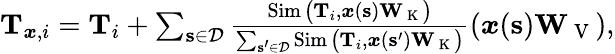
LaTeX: \begin{array}{r}{\mathbf{T}_{\boldsymbol{x},i}=\mathbf{T}_{i}+\sum_{\mathbf{s}\in\mathcal{D}}\frac{\operatorname{Sim}\big(\mathbf{T}_{i},\boldsymbol{x}(\mathbf{s})\mathbf{W}_{\mathrm{~K~}}\big)}{\sum_{\mathbf{s^{\prime}}\in\mathcal{D}}\operatorname{Sim}\big(\mathbf{T}_{i},\boldsymbol{x}(\mathbf{s^{\prime}})\mathbf{W}_{\mathrm{~K~}}\big)}\left(\boldsymbol{x}(\mathbf{s})\mathbf{W}_{\mathrm{~V~}}\right),}\end{array}